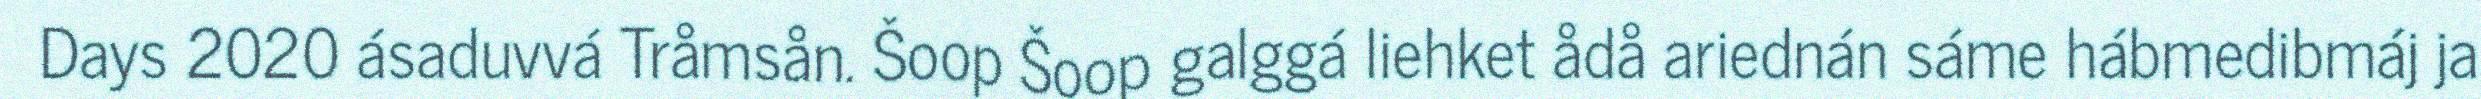
Days 2020 ásaduvvá Tråmsån. Šoop Šoop galggá liehket ådå ariednán sáme hábmedibmáj ja